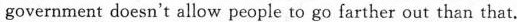
government doesn't allow people to go farther out than that.